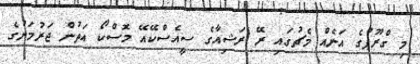
މި ގްރޫޕުގެ އަނެއް މެޗުގައި ރޭ ރަޝިއާގެ ސީއެސްކޭއޭ މޮސްކޯ އަތުން ޖަރުމަނުގެ